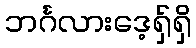
ဘင်္ဂလားဒေ့ရှ်ရှိ